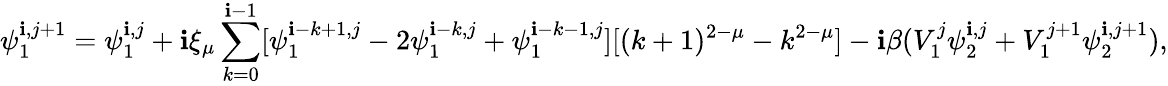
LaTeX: \psi_{1}^{\mathbf{i},j+1}=\psi_{1}^{\mathbf{i},j}+\mathbf{i}\xi_{\mu}\sum_{k=0}^{\mathbf{i}-1}[\psi_{1}^{\mathbf{i}-k+1,j}-2\psi_{1}^{\mathbf{i}-k,j}+\psi_{1}^{\mathbf{i}-k-1,j}][(k+1)^{2-\mu}-k^{2-\mu}]-\mathbf{i}\beta(V_{1}^{j}\psi_{2}^{\mathbf{i},j}+V_{1}^{j+1}\psi_{2}^{\mathbf{i},j+1}),